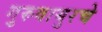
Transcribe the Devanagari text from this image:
गुरुवायुरचे